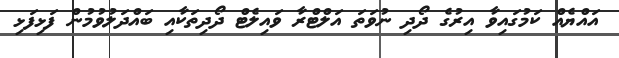
އައްޔެއް ކަމުގައިވާ އިރުގެ ދޯދި ނުވަތަ އަލްޓްރާ ވައިލެޓް ދޯދިތަކާއި ބައްދަލުވުމުން ފަޅިފަޅި